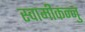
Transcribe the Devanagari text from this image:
स्वामीकन्नु